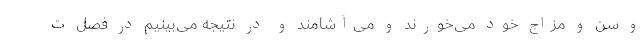
و سن و مزاج خود می‌خورند و می‌آشامند و در نتیجه می‌بینیم در فصل ت